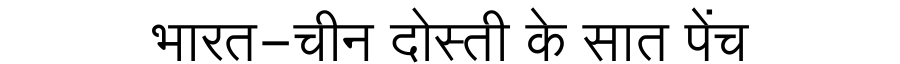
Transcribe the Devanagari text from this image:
भारत-चीन दोस्ती के सात पेंच